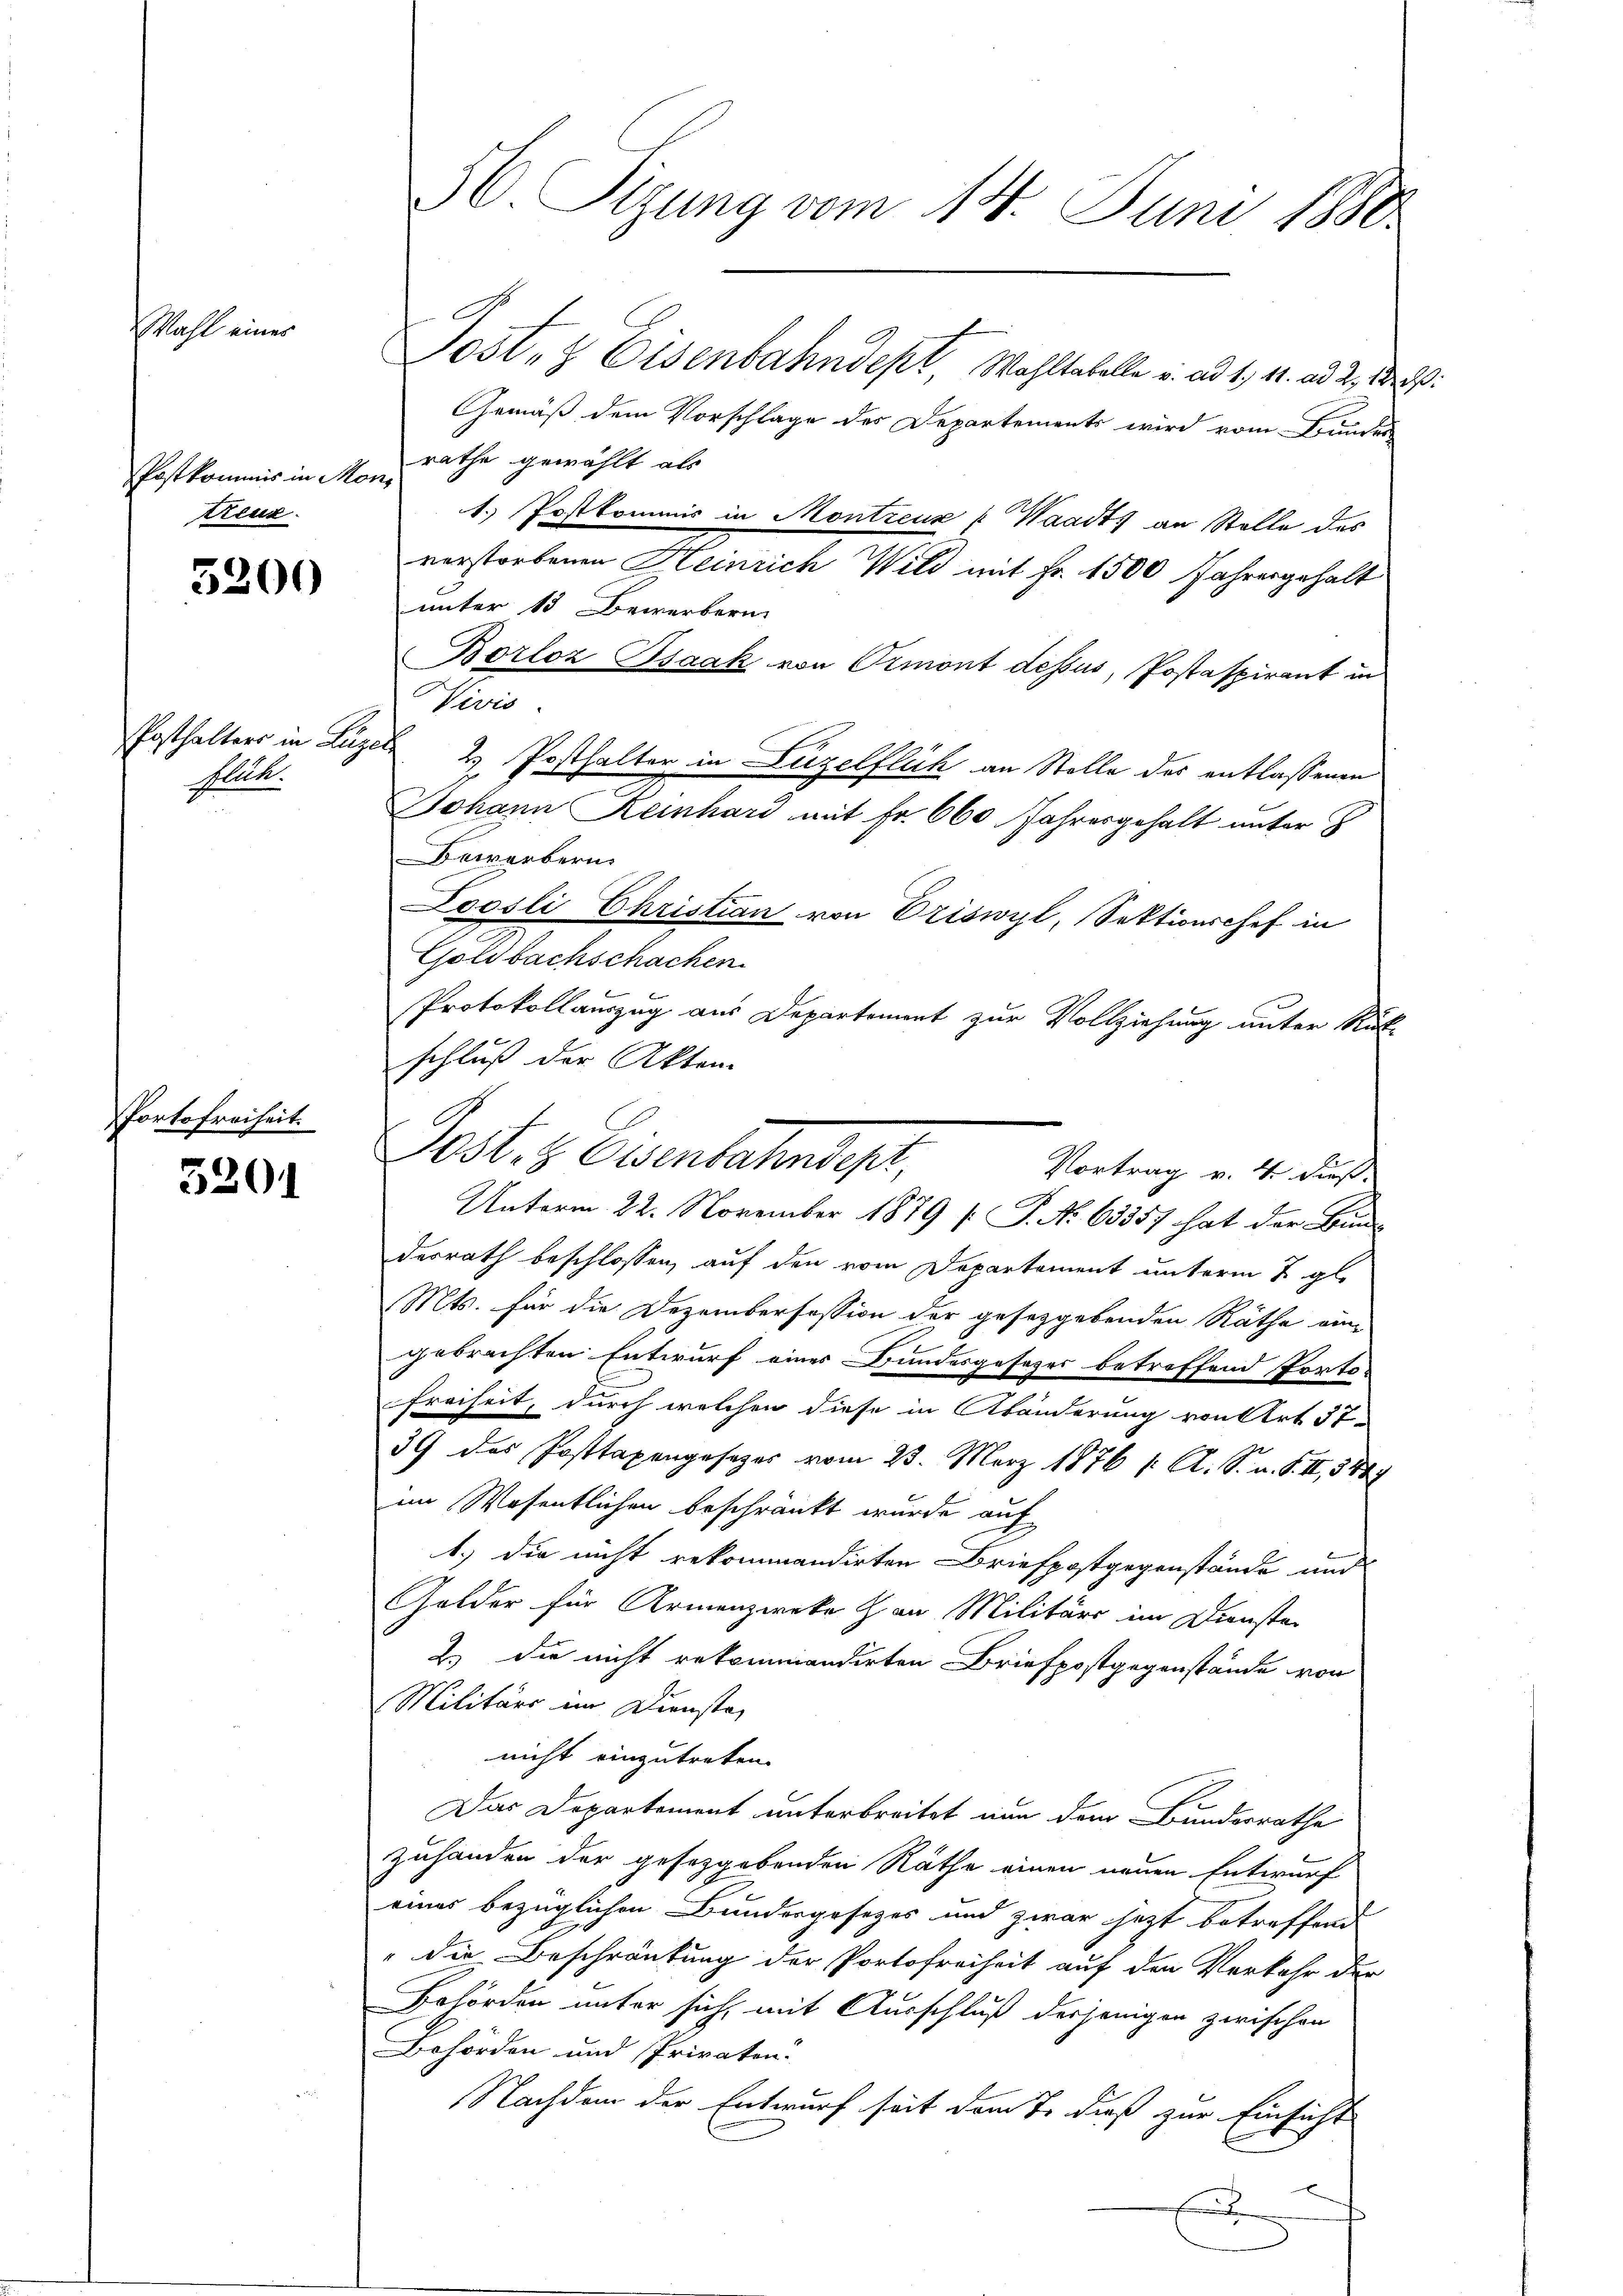
Wahl eines

Postkommis in Mons
treuz.

5200

Enthalters in Luzer
Hllk.

Portofreiheit.

5301

H. Sizung vom 14. Juni 1880.

Post- & Eisenbahndept, Wohltabelle v. ad 1. 41. ad 2. 18. d.
Gemäß dem Vorschlage des Departements wird vom Bundes
rathe gewählt als
1.) Postkommis in Montreuz p Waadt an Stelle des
verstorbenen Kleinach Wild mit Fr. 1500 Jahrengehalt
unter 13 Bewerbern
Borloz Bsaak von Ormont dessus, Postaspirant in
Vivis.
2 Posthalter in Luzelflich an Stelle des entlassenen
Johann Keinhard mit Fr. 660 Jahresgehalt unter 8
Bewerbern
Loosli Christian von Driswyl, Sektionschef in
Goldbachschachen
Protokollauszug aus Departement zur Vollziehung unter Rück-
schluß der Akten
Unterm 22. November 1879 [P. No 63357 hat der Hin-
desrath beschlossen, auf den vom Departement unterm 2. gl.
Mts. für die Dezembersession der gesetzgebenden Räthe ein-
gebrachten Entwurf eines Bundesgeseher betreffend Porto-
Freiheit, durch welchen diese in Abänderung von Art. 37
39 des Posttaxengesezes vom 23. März 1876 /: A. S. u. S. II., 3447
im Wesentlichen beschränkt wurde auf
1.) Die nicht rekommandirten Briefpostgegenstände und
Golder für Armenzweke han Militärs im Diensten
2.) Die nicht rekommandirten Briefpostgegenstände von
Militärs im Dienste,
nicht einzutreten.
Das Departement unterbreitet nun dem Bundesrathe
zuhanden der gesetzgebenden Räthe einen neuen Entwurf
eines bezüglichen Bundesgesezes und zwar jetzt betreffend
" die Beschränkung der Portofreiheit auf den Verkehr der
Behörden unter sich, mit Ausschluß derjenigen zwischen
Behörden und Privaten.
Nachdem der Entwurf seit dem Er dieß zur Einsicht
x
2

Post. H. Eisenbahndet,
Vortrag v. 4. dieß